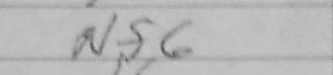
Transcription: Nf6